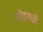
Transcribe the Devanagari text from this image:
जोहरची